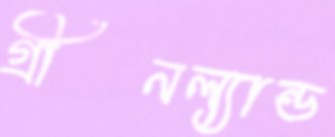
গ্রীনল্যান্ড